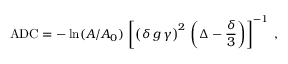
\mathrm { A D C } = - \ln ( A / A _ { 0 } ) \, \left[ \left( \delta \, g \, \gamma \right) ^ { 2 } \, \left( \Delta - \frac { \delta } { 3 } \right) \right] ^ { - 1 } \; ,